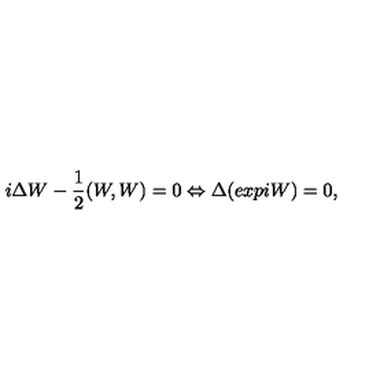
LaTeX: i \Delta W - { \frac { 1 } { 2 } } ( W , W ) = 0 \Leftrightarrow \Delta ( e x p i W ) = 0 ,